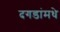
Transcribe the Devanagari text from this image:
दगडांमधे